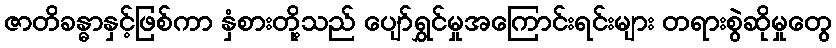
ဇာတိခန္ဓာနှင့်ဖြစ်ကာ နှံစားတို့သည် ပျော်ရွှင်မှုအကြောင်းရင်းများ တရားစွဲဆိုမှုတွေ